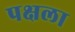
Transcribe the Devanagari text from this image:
पक्षला